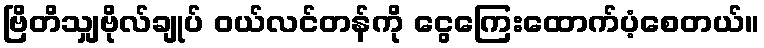
ဗြိတိသျှဗိုလ်ချုပ် ဝယ်လင်တန်ကို ငွေကြေးထောက်ပံ့စေတယ်။